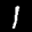
Label: 1